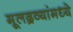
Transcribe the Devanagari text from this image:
मूलद्रव्यांमध्ये